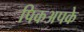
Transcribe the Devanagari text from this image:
पिकअपके